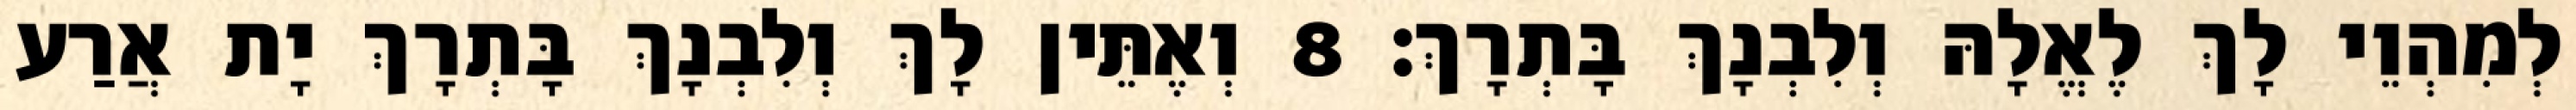
לְמִהְוֵי לָךְ לֶאֱלָהּ וְלִבְנָךְ בָּתְרָךְ׃ 8 וְאֶתֵּין לָךְ וְלִבְנָךְ בָּתְרָךְ יָת אֲרַע